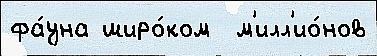
фа́уна широ́ком  м'илл'ио́нов